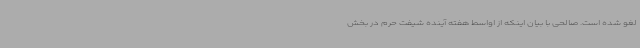
لغو شده است. صالحی با بیان اینکه از اواسط هفته آینده شیفت حرم در بخش